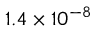
{ 1 . 4 \times 1 0 ^ { - 8 } }